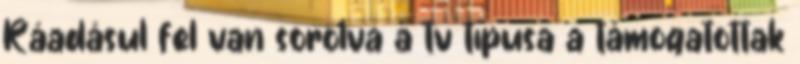
Ráadásul fel van sorolva a tv típusa a támogatottak